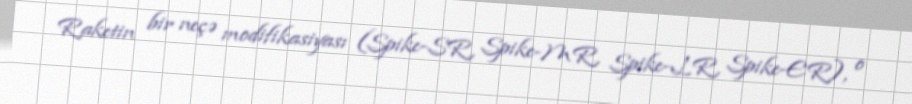
Raketin bir neçə modifikasiyası (Spike-SR, Spike-MR, Spike-LR, Spike-ER), o